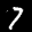
Label: 7